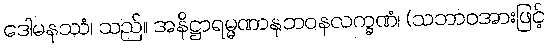
ဒေါမနဿံ၊ သည်။ အနိဋ္ဌာရမ္မဏာနုဘဝနလက္ခဏံ၊ (သဘာဝအားဖြင့်